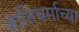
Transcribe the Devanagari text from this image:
जातिधर्माच्या